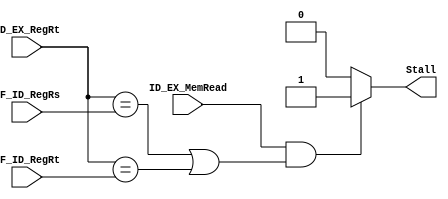
module Hazard_Data(IF_ID_RegRs, IF_ID_RegRt, ID_EX_RegRt, ID_EX_MemRead, Stall);
    // for instruction lw
    input [4:0] IF_ID_RegRs;
    input [4:0] IF_ID_RegRt;
    input [4:0] ID_EX_RegRt;
    input ID_EX_MemRead;

    output reg Stall;

    always @(*) begin
        if(ID_EX_MemRead && 
        ((ID_EX_RegRt == IF_ID_RegRs) || (ID_EX_RegRt == IF_ID_RegRt)))
            Stall <= 1;
        else
            Stall <= 0;
    end
endmodule

module Hazard_Ctrl_1(IF_ID_RegRs1, IF_ID_RegRt1, ID_EX_RegRd1, ID_EX_RegWrite, Branch, Stall1);
    // for instruction beq&bne alu
    input [4:0] IF_ID_RegRs1;
    input [4:0] IF_ID_RegRt1;
    input [4:0] ID_EX_RegRd1;
    input ID_EX_RegWrite;
    input Branch;
    output reg Stall1;

    always @(*) begin
        if(ID_EX_RegWrite && Branch &&
        ((ID_EX_RegRd1 == IF_ID_RegRs1) || (ID_EX_RegRd1 == IF_ID_RegRt1)))
            Stall1 <= 1;
        else
            Stall1 <= 0;
    end
endmodule

module Hazard_Ctrl_2(IF_ID_RegRs2, IF_ID_RegRt2, ID_EX_RegRt2, ID_EX_MemRead2, IRWr_IF,IRWr_ID,IRWr_EX,IRWr_MEM,Branch2);
    // for instruction beq&bne mem
    input [4:0] IF_ID_RegRs2;
    input [4:0] IF_ID_RegRt2;
    input [4:0] ID_EX_RegRt2;
    input ID_EX_MemRead2;
    input Branch2;
    output reg IRWr_IF;
    output reg IRWr_ID;
    output reg IRWr_EX;
    output reg IRWr_MEM;

    always @(*) begin
        if(ID_EX_MemRead2 && Branch2 &&
        ((ID_EX_RegRt2 == IF_ID_RegRs2) || (ID_EX_RegRt2 == IF_ID_RegRt2))) begin
            IRWr_IF <= 1'b0;
            IRWr_ID <= 1'b0;
            IRWr_EX <= 1'b1;
            IRWr_MEM <= 1'b1;
        end
        else begin
            IRWr_IF <= 1'b1;
            IRWr_ID <= 1'b1;
            IRWr_EX <= 1'b1;
            IRWr_MEM <= 1'b1;
        end
    end
endmodule